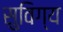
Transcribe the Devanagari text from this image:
सुविग्य